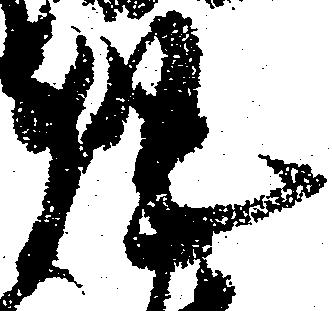
執